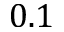
0 . 1